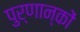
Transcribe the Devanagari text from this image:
पुर्णान्कों